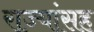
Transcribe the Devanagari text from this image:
राज्यांसह